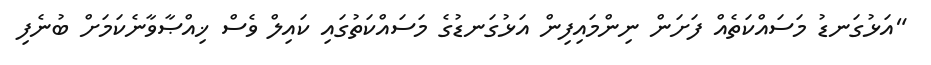
"އަޅުގަނޑު މަސައްކަތެއް ފަށަން ނިންމައިފިން އަޅުގަނޑުގެ މަސައްކަތުގައި ކައިލް ވެސް ޚިއްޞާވާނެކަމަށް ބުނެފި